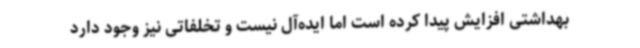
بهداشتی افزایش پیدا کرده است اما ایده‌آل نیست و تخلفاتی نیز وجود دارد